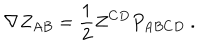
LaTeX: \nabla Z _ { A B } = { \frac { 1 } { 2 } } Z ^ { C D } P _ { A B C D } \ .